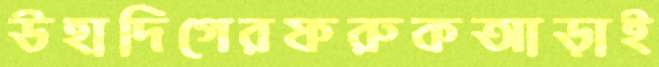
উহাদিগেরফরুকআড়াই